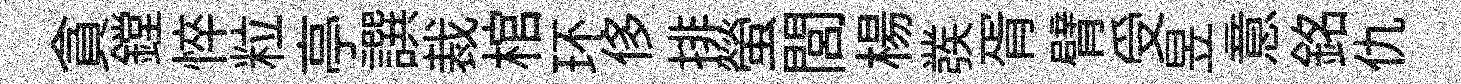
貪鏜悴粒亭譔裁棺环侈排螢閭楊彂胥臂受昱意銘仇